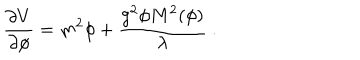
{ \frac { \partial V } { \partial \phi } } = { m ^ { 2 } \phi } + { \frac { g ^ { 2 } \phi M ^ { 2 } ( \phi ) } { \lambda } } \ .